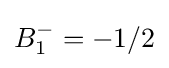
B_{1}^{-{}}=-1/2